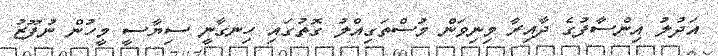
އަދުލު އިންސާފުގެ ދާއިރާ މިނިވަން މުސްތަގިއްލު ގޮތުގައި ހިނގާނީ ސިޔާސީ މީހުން ނުފޫޒު